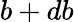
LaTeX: b+db